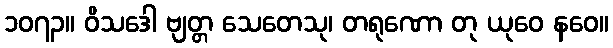
၁၀၇၃။ ဝိသဒေါ ဗျတ္တ သေတေသု၊ တရုဏော တု ယုဝေ နဝေ။